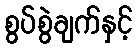
စွပ်စွဲချက်နှင့်